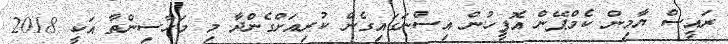
ރައީސް ޔާމިން ކެމްޕޭން އޮފީހުން އިސްނަގައިގެން ކުރިއަށްގެންދާ މި މަހާސިންތާ އަކީ 2018